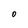
Character: O